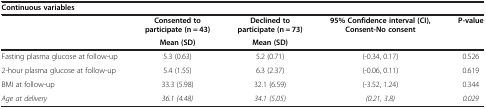
<table><thead><tr><td colspan="5"><b>Continuous variables</b></td></tr><tr><td><b> </b></td><td><b>Consented to participate (n = 43)</b></td><td><b>Declined to participate (n = 73)</b></td><td><b>95% Confidence interval (CI), Consent-No consent</b></td><td><b>P-value</b></td></tr><tr><td><b> </b></td><td><b>Mean (SD)</b></td><td><b>Mean (SD)</b></td><td><b> </b></td><td><b> </b></td></tr></thead><tbody><tr><td>Fasting plasma glucose at follow-up</td><td>5.3 (0.63)</td><td>5.2 (0.71)</td><td>(-0.34, 0.17)</td><td>0.526</td></tr><tr><td>2-hour plasma glucose at follow-up</td><td>5.4 (1.55)</td><td>6.3 (2.37)</td><td>(-0.06, 0.11)</td><td>0.619</td></tr><tr><td>BMI at follow-up</td><td>33.3 (5.98)</td><td>32.1 (6.59)</td><td>(-3.52, 1.24)</td><td>0.344</td></tr><tr><td><i>Age at delivery</i></td><td><i>36.1 (4.48)</i></td><td><i>34.1 (5.05)</i></td><td><i>(0.21, 3.8)</i></td><td><i>0.029</i></td></tr></tbody></table>